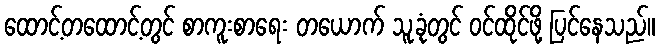
ထောင့်တထောင့်တွင် စာကူးစာရေး တယောက် သူ့ခုံတွင် ဝင်ထိုင်ဖို့ ပြင်နေသည်။